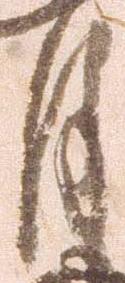
月